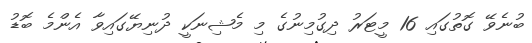
ބުނެވޭ ގޮތުގައި 16 މީޓަރު ދިގުމިނުގެ މި މެޝިނަކީ ދުނިޔޭގައިވާ އެންމެ ބޮޑު